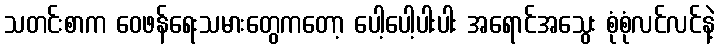
သတင်းစာက ဝေဖန်ရေးသမားတွေကတော့ ပေါ့ပေါ့ပါးပါး အရောင်အသွေး စုံစုံလင်လင်နဲ့